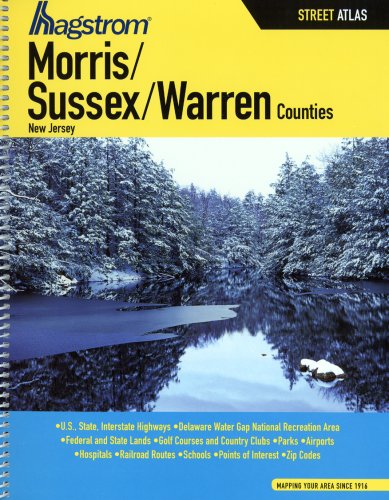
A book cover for Hagstrom Morris / Sussex / Warren Counties NJ Atlas (Hagstrom Warren, Morris, Sussex Counties Atlas Large Scale); Travel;